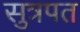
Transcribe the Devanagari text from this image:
सुत्रपत